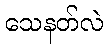
သေနတ်လဲ